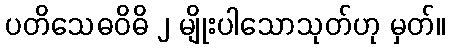
ပတိသေဓဝိဓိ ၂ မျိုးပါသောသုတ်ဟု မှတ်။